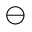
\ominus